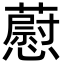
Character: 藯